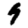
Digit: 9